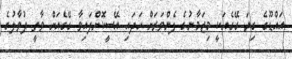
އައްޑޫގެ ގިނަ ގޭގެއަކީ މިޒަމާނުގެ ފެންވަރަށް ހަދައި އޭސީކޮށްފައިވާ ގޭގެއަށް ވާތީ ދުވާލުގެ